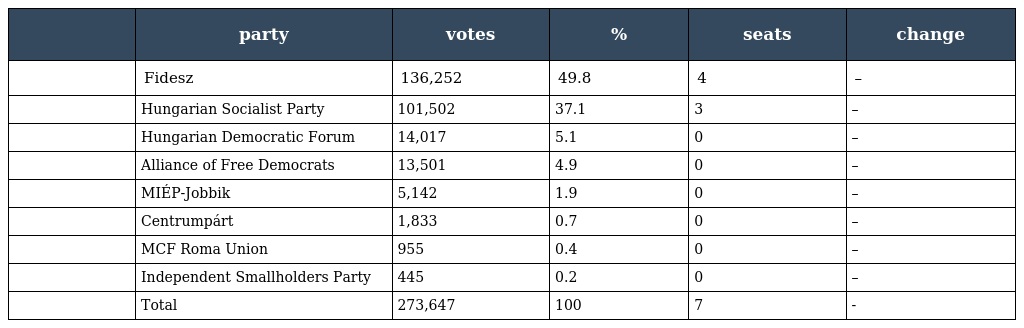
|  | party | votes | % | seats | change |
 | --- | --- | --- | --- | --- | --- |
 |  | Fidesz | 136,252 | 49.8 | 4 | – |
 |  | Hungarian Socialist Party | 101,502 | 37.1 | 3 | – |
 |  | Hungarian Democratic Forum | 14,017 | 5.1 | 0 | – |
 |  | Alliance of Free Democrats | 13,501 | 4.9 | 0 | – |
 |  | MIÉP-Jobbik | 5,142 | 1.9 | 0 | – |
 |  | Centrumpárt | 1,833 | 0.7 | 0 | – |
 |  | MCF Roma Union | 955 | 0.4 | 0 | – |
 |  | Independent Smallholders Party | 445 | 0.2 | 0 | – |
 |  | Total | 273,647 | 100 | 7 | - |